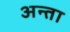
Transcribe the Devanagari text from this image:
अन्ता